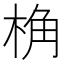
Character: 桷